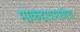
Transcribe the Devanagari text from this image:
माकडाप्रमाणेच